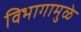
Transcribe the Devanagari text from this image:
विभागामुळे